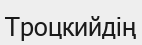
Троцкийдің